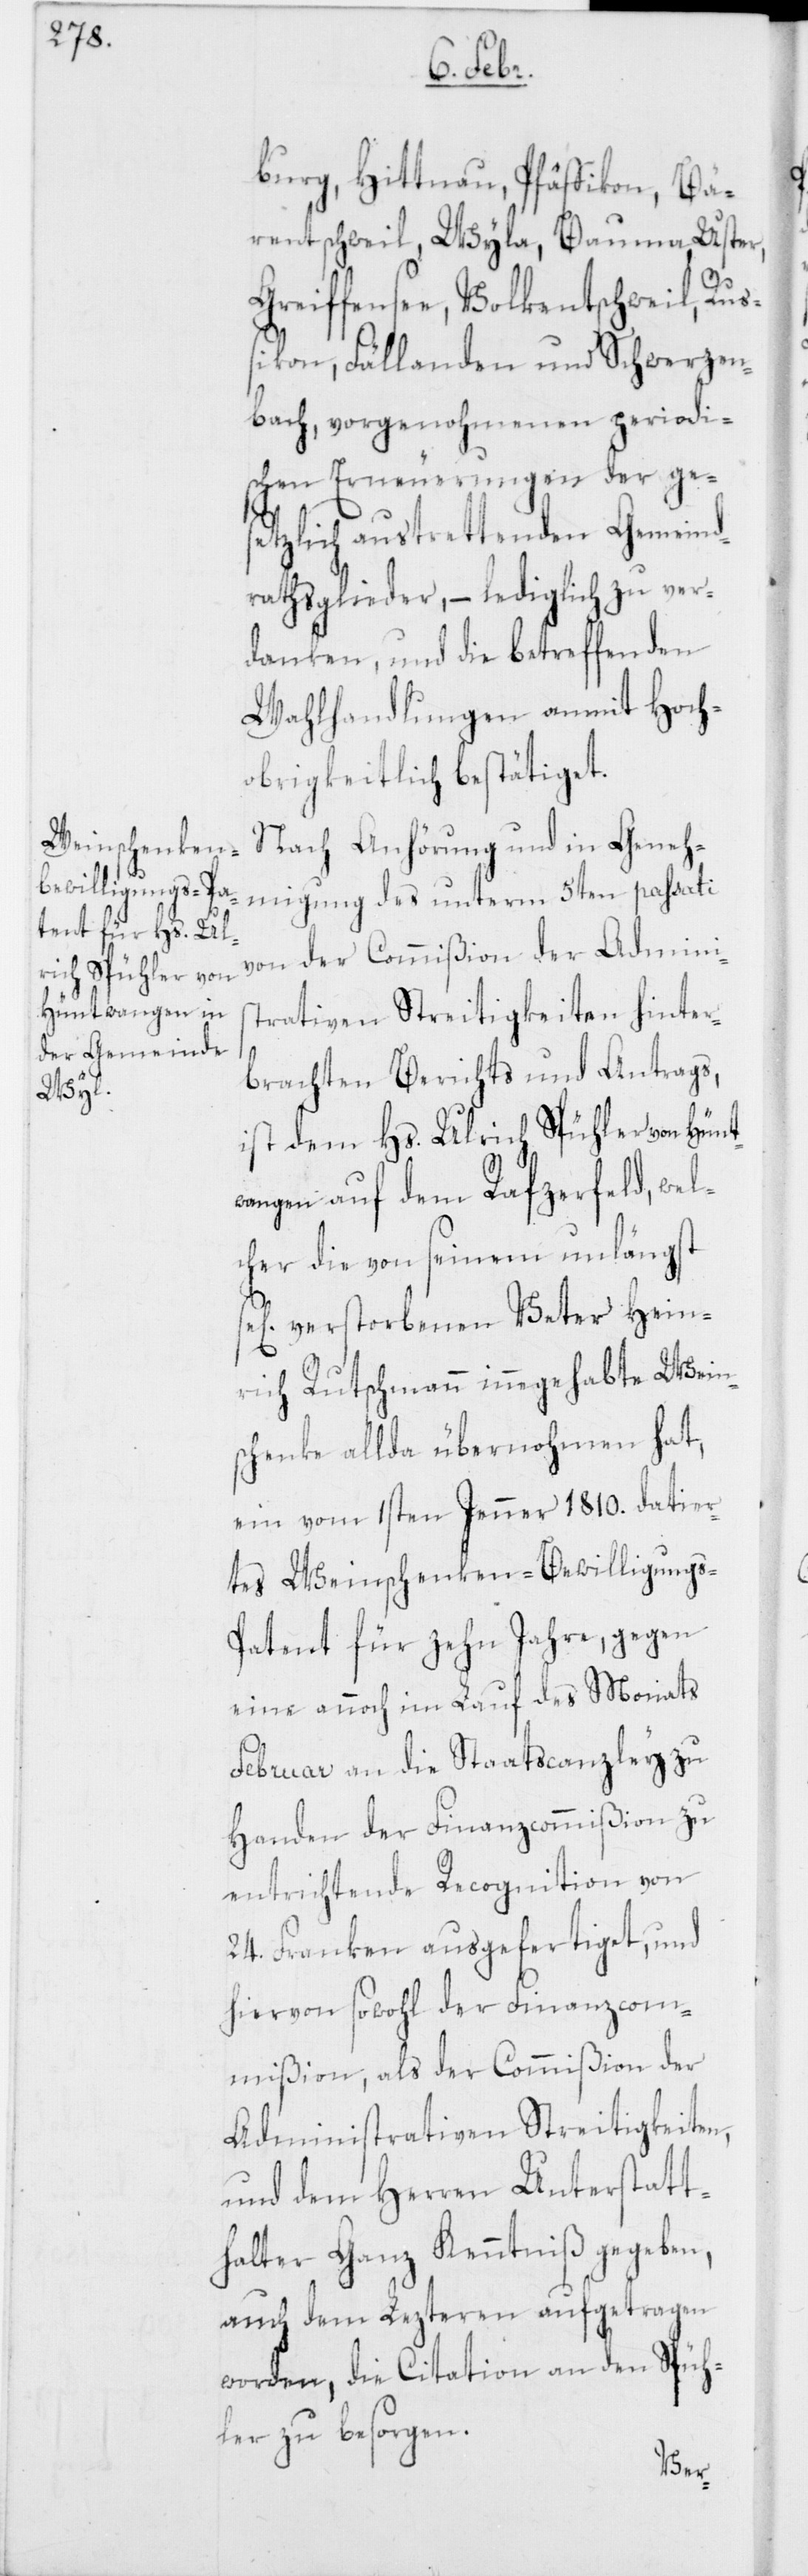
burg, Hittnau, Pfäffikon, Bä¬
rentschweil, Wyla, Bauma, Uster,
Greiffensee, Volkentschweil, Ruß¬
ikon, Fällanden und Schwerzen¬
bach, vorgenohmenen periodi¬
schen Erneuerungen der ges¬
etzlich austrettenden Gemeind¬
rathsglieder, – lediglich zu ver¬
danken, und die betreffenden
Wahlhandlungen anmit Hoch¬
obrigkeitlich bestätiget.
Nach Anhörung und in Geneh¬
migung des unterm 5ten passati
von der Commißion der Admini¬
trativen Streitigkeiten hinter¬
s¬
brachten Berichts und Antrags,
ist dem Hs. Ulrich Spühler von Hünt¬
wangen auf dem Rafzerfeld, wel¬
cher die von seinem unlängst
verstorbenen Vater Hein¬
rich Rutschmann innegehabte Wein¬
schenke allda übernohmen hat,
ein vom 1sten Jenner 1810. datier¬
tes Weinschenken-Bewilligung¬
s-Patent für zehn Jahre, gegen
eine annoch im Lauf des Monats
Februar an die Staatscanzley zu
Handen der Finanzcommißion zu
entrichtende Recognition von
24. Franken ausgefertiget, und
hiervon sowohl der Finanzcom¬
mißion, als der Commißion der
Administrativen Streitigkeiten,
und dem Herren Unterstatt¬
halter Ganz Kenntniß gegeben,
auch dem Lezteren aufgetragen
worden, die Citation an den Spüh¬
ler zu besorgen.